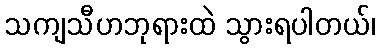
သကျသီဟဘုရားထဲ သွားရပါတယ်၊